Document type: Sale
Year: 1209
Scribe: Arnau de Torre
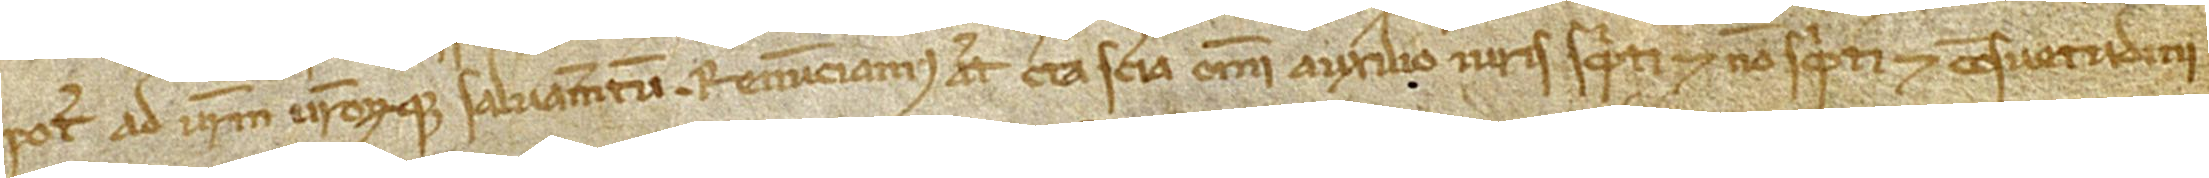
potest ad vestrum vestrorumque salvamentum. Renunciamus autem certa sciencia omni auxilio iuris, scripti et non scripti, et consuetudini